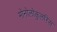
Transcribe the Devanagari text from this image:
मोनोलोकुलरिस